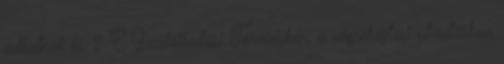
adhatnak ki. 2 E Gazdálkodási Törvényben, a végrehajtási utasításban